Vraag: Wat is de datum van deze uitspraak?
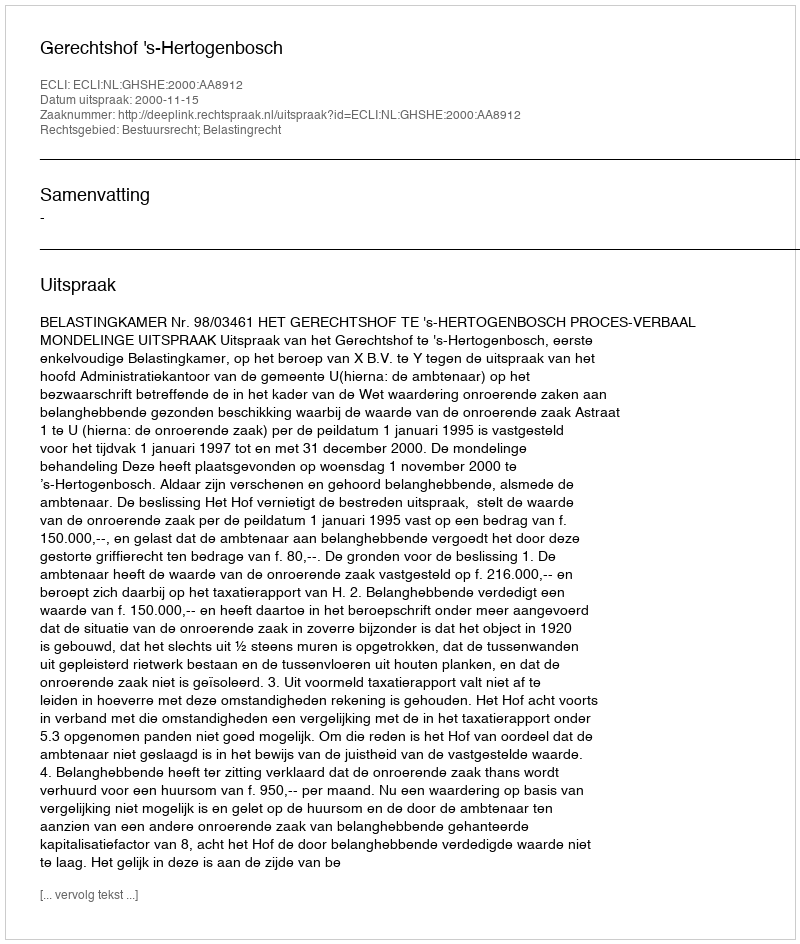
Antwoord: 2000-11-15